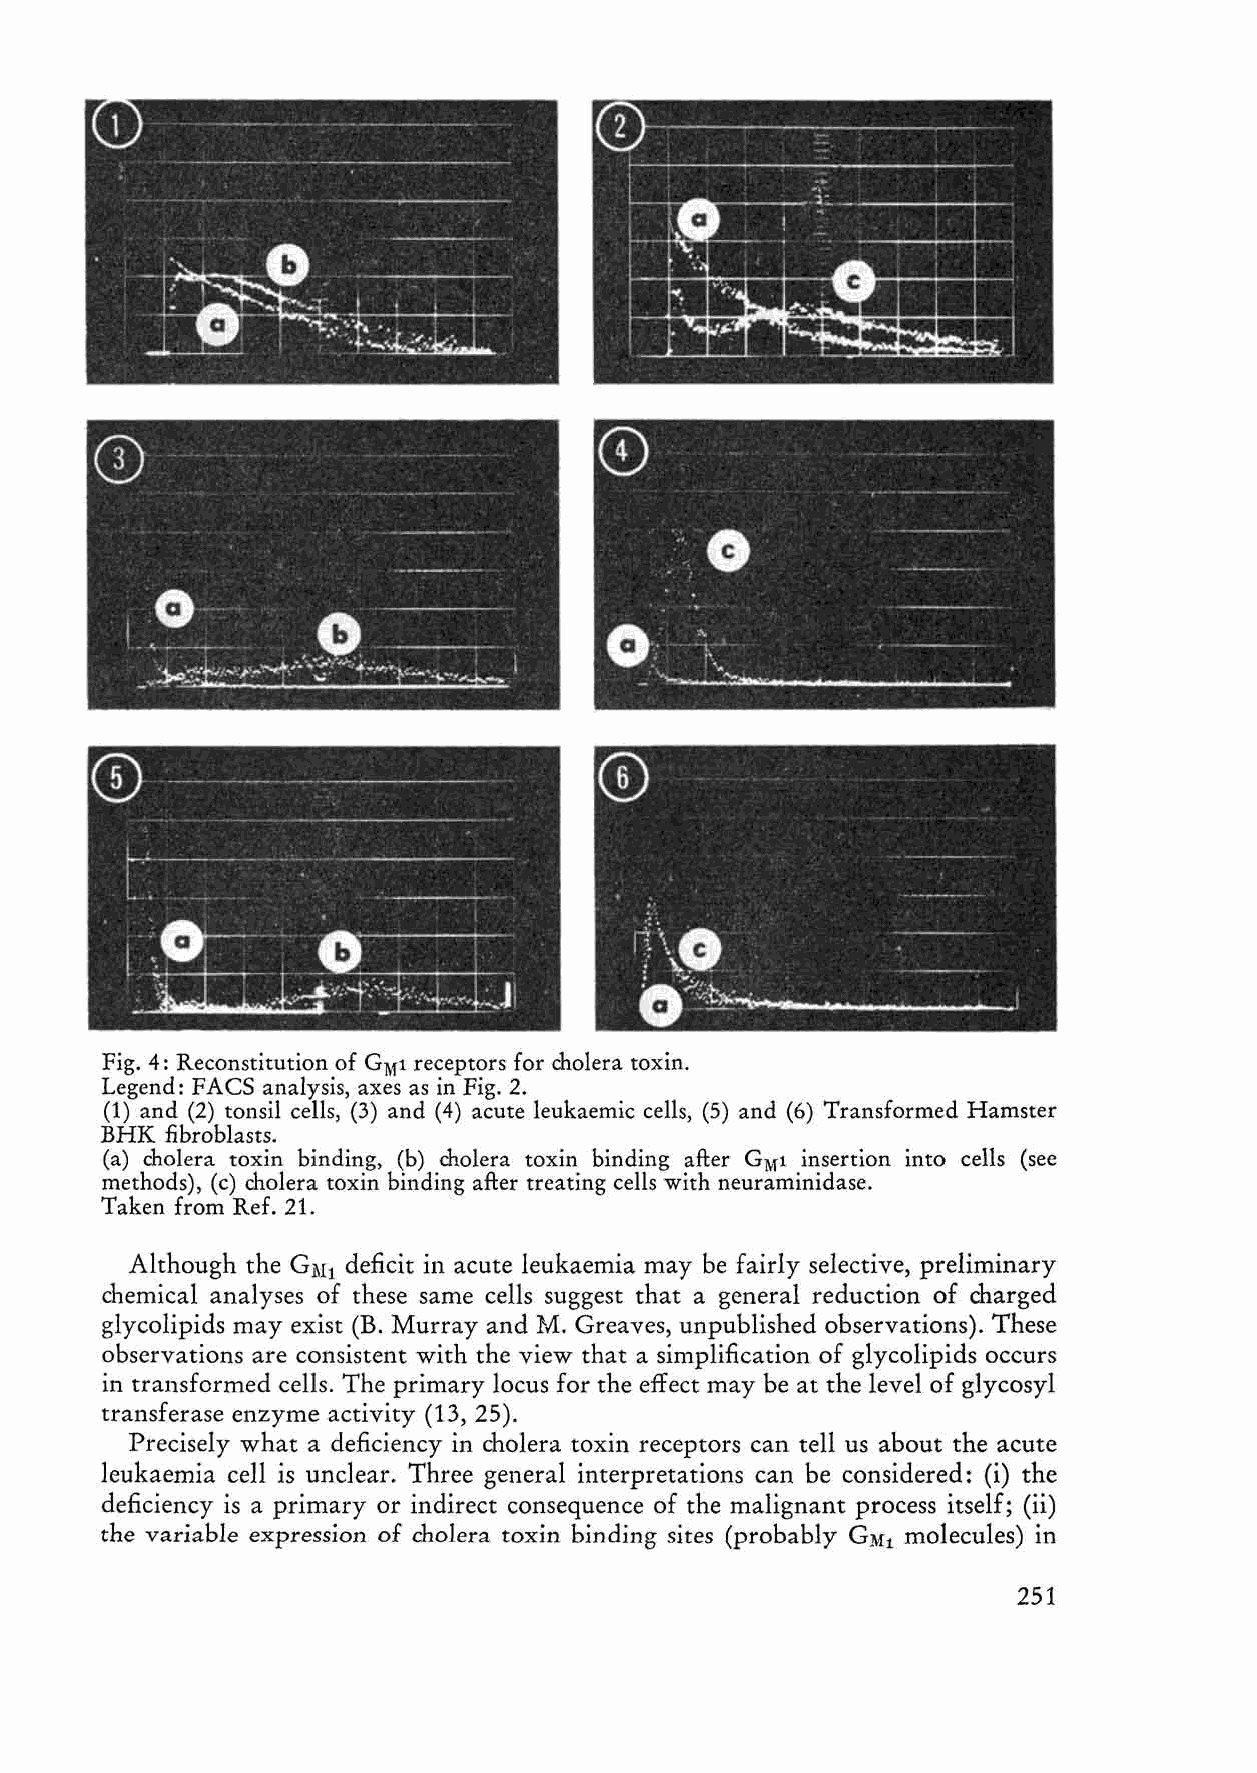
Fig. 4: Reeonstitution of G M1 reeeptors for cholera toxin.
 Legend: FACS analysis, axes as in Fig. 2.
 (1) and (2) tonsil eells, (3) and (4) aeute leukaemie eells, (5) and (6) Transformed Hamster
 BHK fibroblasts.
 (a) cholera toxin binding, (b) cholera toxin binding after G insertion into eells (see
 M1
 methods), (e) cholera toxin binding after treating eells with neuraminidase.
 Taken from Ref. 21.
 Although the G deficit in acute leukaemia may be fairly selective, preliminary
 M1
 chemical analyses of these same cells suggest that a general reduction of charged
 glycolipids may exist (B. Murray and 1-.1. Greaves, unpublished observations). These
 observations are consistent with the view that a simplification of glycolipids occurs
 in transformed cells. The primary locus for the effect may be at the level of glycosyl
 transferase enzyme activity (13, 25).
 Precisely what a deficiency in cholera toxin receptors can tell us about the acute
 leukaemia cell is unc1ear. Three general interpretations can be considered: (i) the
 deficiency is a primary or indirect consequence of the malignant process itself; (ii)
 the variable expression of cholera toxin bin ding sites (probably GM1 molecules) in
 251